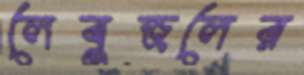
লেবুজলের